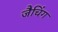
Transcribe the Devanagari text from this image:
जैचिंग